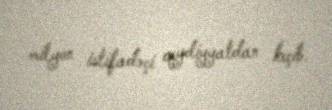
milyon istifadəçi qeydiyyatdan keçib.